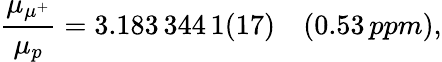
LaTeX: \frac{\mu_{\mu^{+}}}{\mu_{p}}=3.183\, 344\, 1(17)\quad(0.53\, ppm),